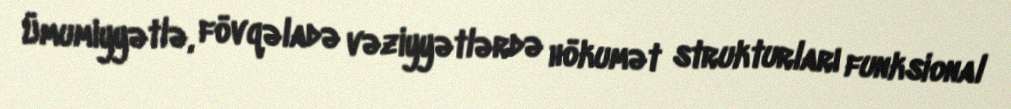
Ümumiyyətlə, fövqəladə vəziyyətlərdə hökumət strukturları funksional